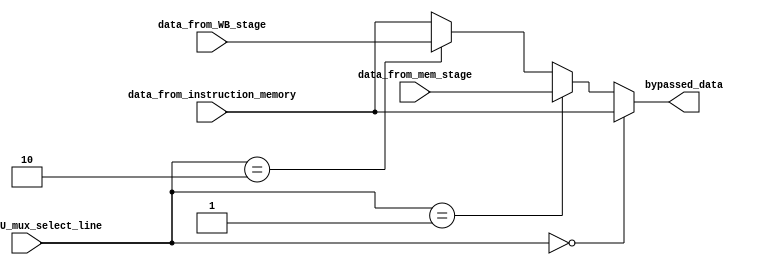
`timescale 1ps / 1ps
//////////////////////////////////////////////////////////////////////////////////
// Company: 
// Engineer: 
// 
// Design Name: 
// Module Name: lower_ALU_mux
// Project Name: 
// Target Devices: 
// Tool Versions: 
// Description: 
// 
// Dependencies: 
// 
// Revision:
// Revision 0.01 - File Created
// Additional Comments:
// 
//////////////////////////////////////////////////////////////////////////////////


module lower_ALU_mux(
input [31:0]data_from_instruction_memory,input [31:0]data_from_mem_stage,input [31:0]data_from_WB_stage,input [1:0]lower_ALU_mux_select_line,output reg [31:0]bypassed_data);
always@(*)
begin
if (lower_ALU_mux_select_line==2'b00)
bypassed_data=data_from_instruction_memory;
else if (lower_ALU_mux_select_line==2'b01)
bypassed_data=data_from_mem_stage;
else if(lower_ALU_mux_select_line==2'b10)
bypassed_data=data_from_WB_stage;
/*else if(upper_ALU_mux_select_line==2'b11)
bypassed_data=data_from_data_mem_out;*/
else
bypassed_data=data_from_instruction_memory;
end
endmodule